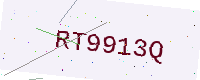
Text: RT9913Q